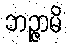
ဘဉ္ဇာမိ